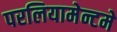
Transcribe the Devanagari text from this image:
परलियामेन्टमे